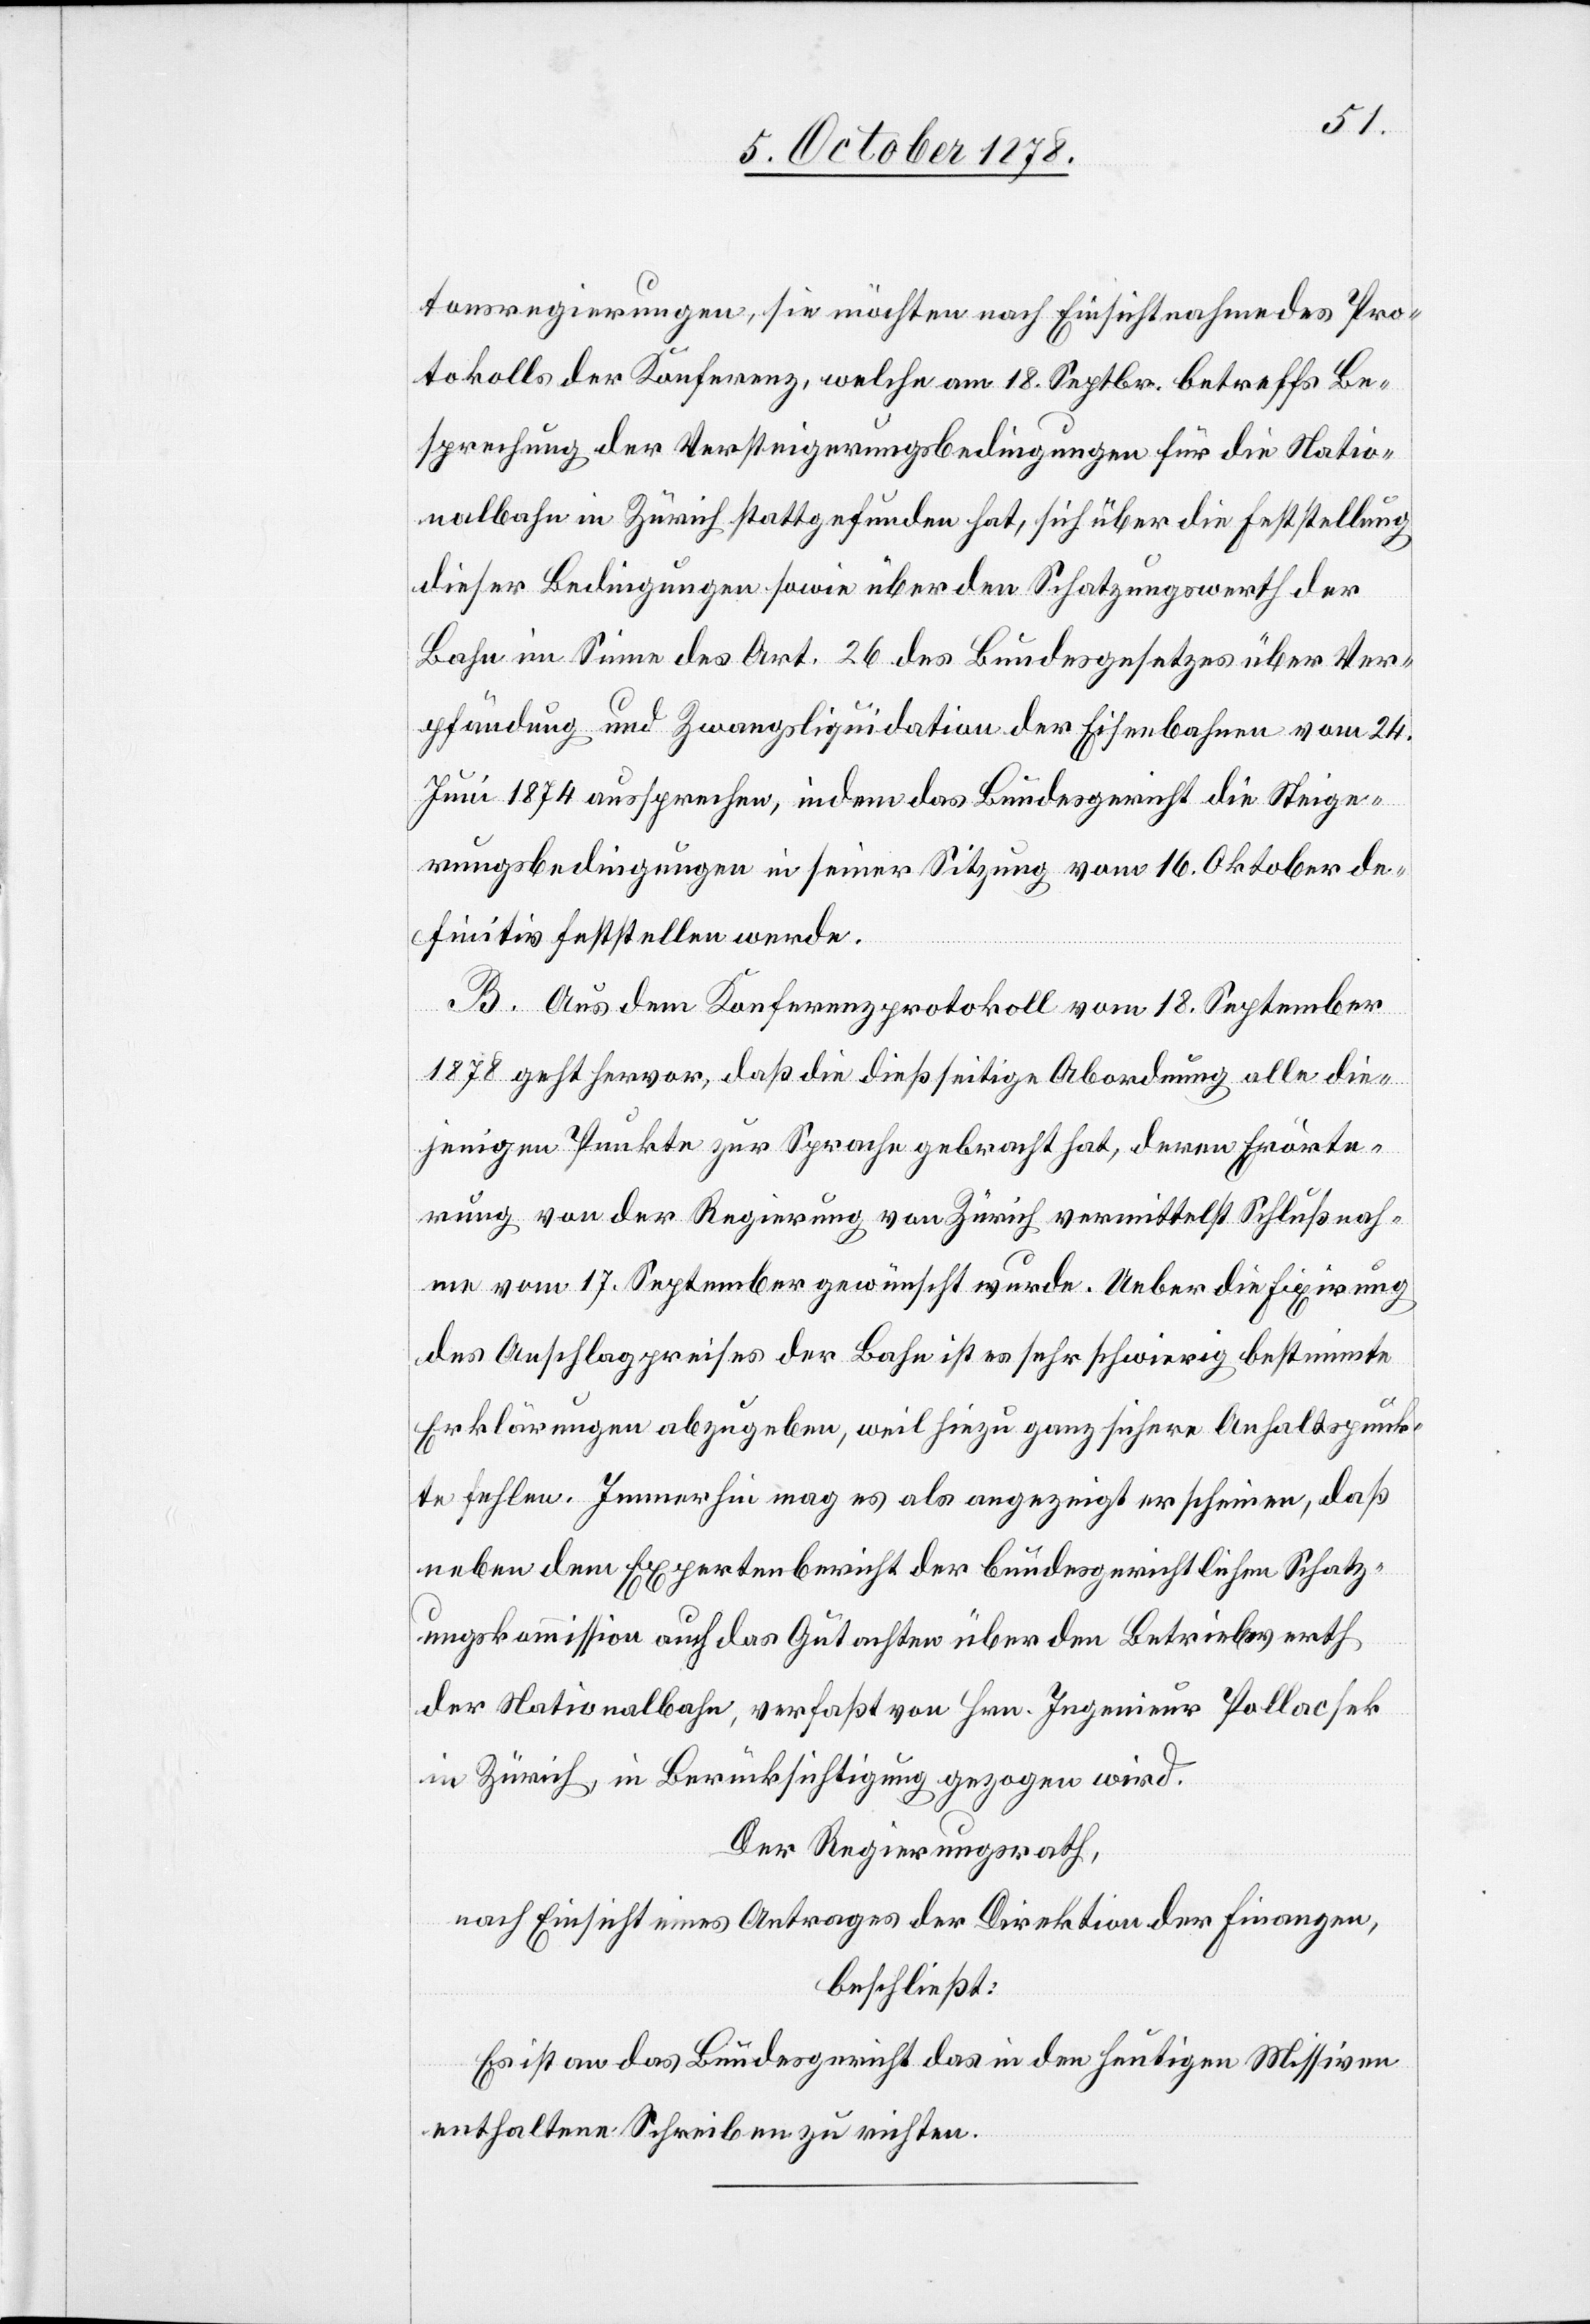
tonsregierungen, sie möchten nach Einsichtnahme des Pro¬
tokolls der Konferenz, welche am 18. Septbr. betreffs Be¬
sprechung der Versteigerungsbedingungen für die Natio¬
nalbahn in Zürich stattgefunden hat, sich über die Feststellung
dieser Bedingungen sowie über den Schatzungswerth der
Bahn im Sinne des Art. 26 des Bundesgesetzes über Ver¬
pfändung und Zwangsliquidation der Eisenbahnen vom 24.
Juni 1874 aussprechen, indem das Bundesgericht die Steige¬
rungsbedingungen in seiner Sitzung vom 16. Oktober de¬
finitiv feststellen werde.
B. Aus dem Konferenzprotokoll vom 18. September
1878 geht hervor, daß die dießseitige Abordnung alle die¬
jenigen Punkte zur Sprache gebracht hat, deren Erörte¬
rung von der Regierung von Zürich vermittelst Schlußnah¬
me vom 17. September gewünscht wurde. Ueber die Fixirung
des Ausschlagpreises der Bahn ist es sehr schwierig bestimmte
Erklärungen abzugeben, weil hiezu ganz sichere Anhaltspunk¬
te fehlen. Immerhin mag es als angezeigt erscheinen, daß
neben dem Expertenbericht der bundesgerichtlichen Schatz¬
ungskommission auch das Gutachten über den Betriebswerth
der Nationalbahn, verfaßt von Hrn. Ingenieur Pollacsek
in Zürich, in Berücksichtigung gezogen wird.
Der Regierungsrath,
nach Einsicht eines Antrages der Direktion der Finanzen,
beschließt:
Es ist an das Bundesgericht das in den heutigen Missiven
enthaltene Schreiben zu richten.